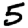
Digit: 5